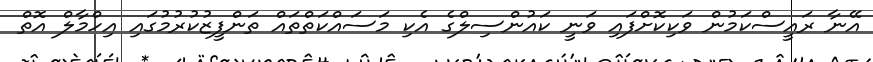
އޭނާ ރައީސްކަމުން ވަކިކޮށްފައި ވަނީ ކައުންސިލްގެ އެކި މަސައްކަތްތައް ތަންފީޒުކުރުމުގައި އިހްމާލް އޮތް